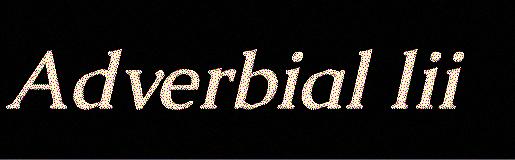
Adverbial lii